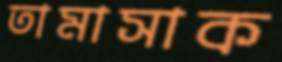
তামাসাক